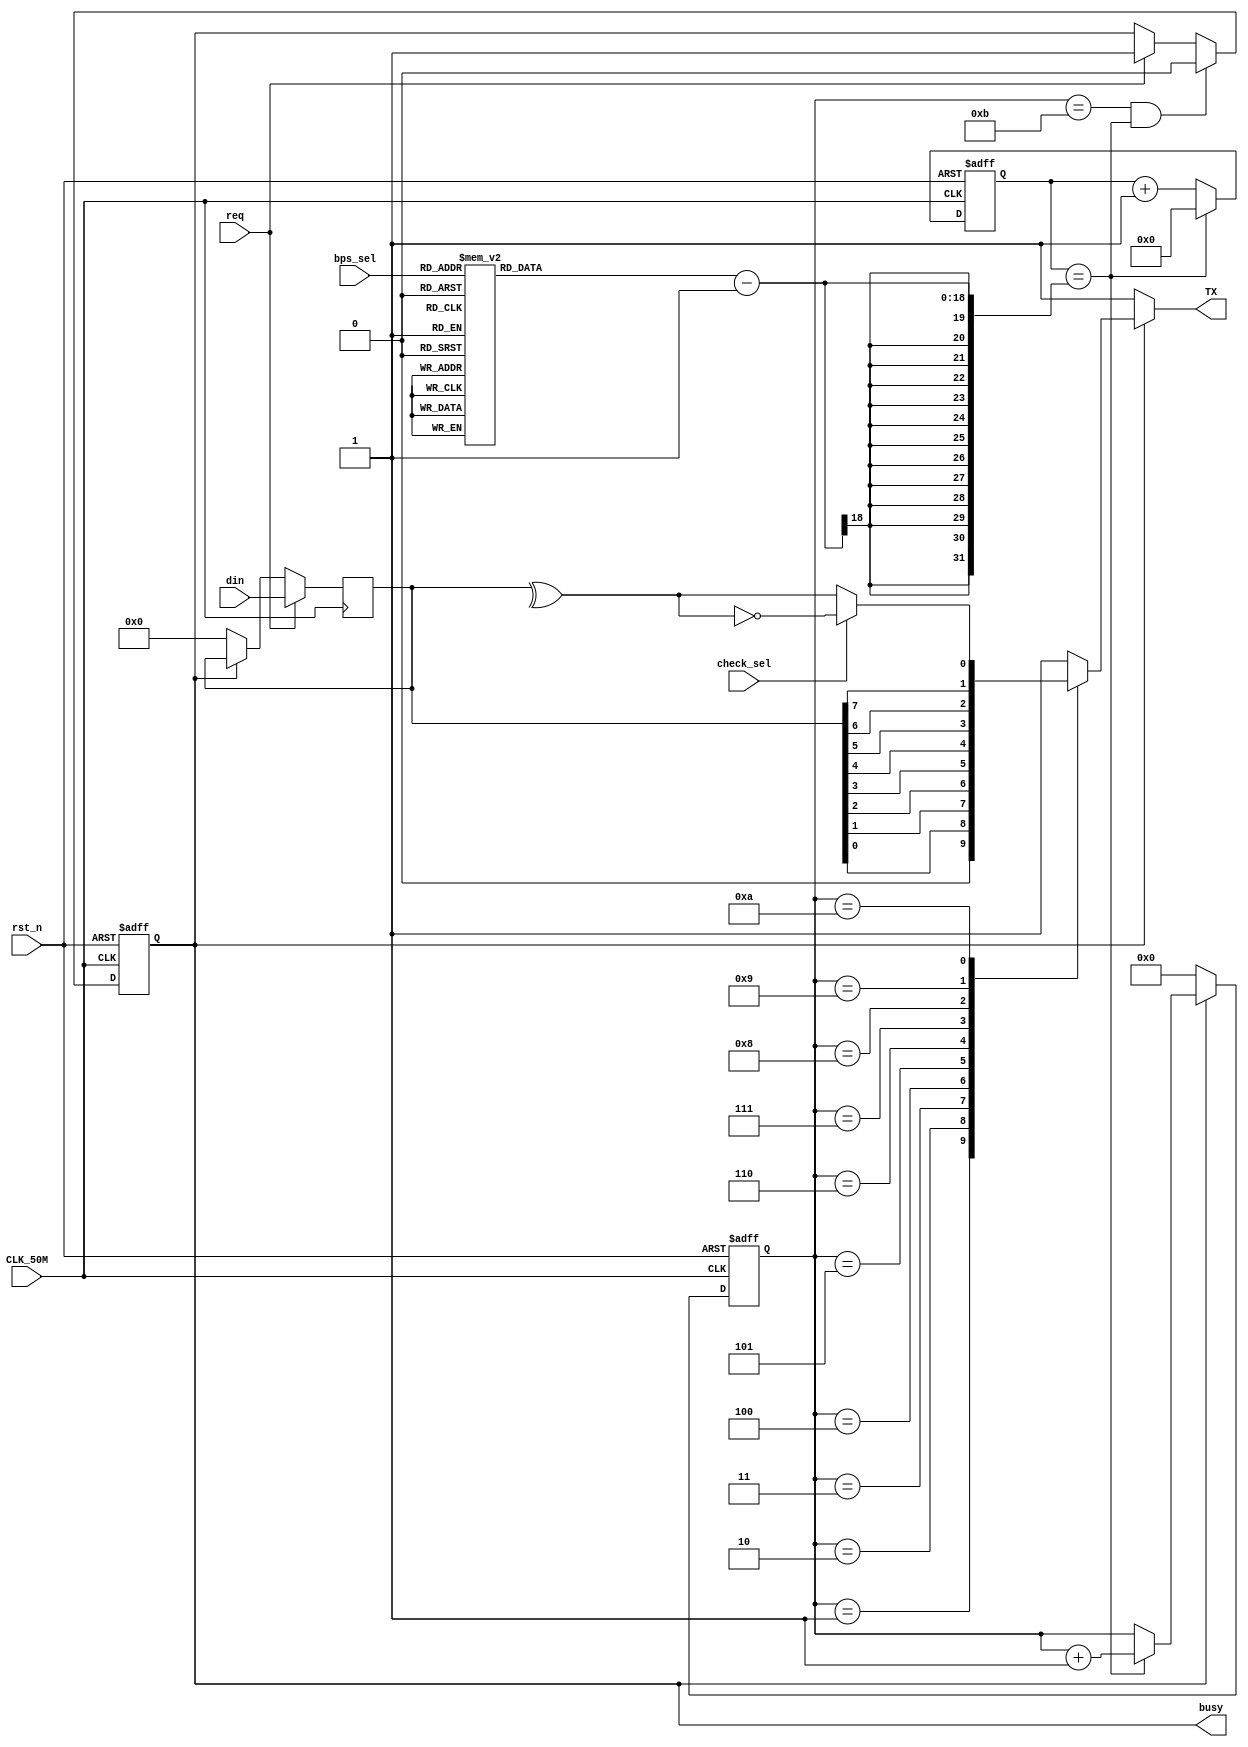
module new_uart_tx(
    input       CLK_50M         ,
    input       rst_n           ,
    input [2:0] bps_sel         ,
    input       check_sel       ,
    input [7:0] din             ,
    input       req             ,
    output      busy            ,
    output reg  TX
    );

    //波特率选择
    localparam  bps300   = 17'd16_6667;
    localparam  bps600   = 17'd8_3333;
    localparam  bps1200  = 17'd4_1667;
    localparam  bps2400  = 17'd2_0833;
    localparam  bps4800  = 17'd1_0417;
    localparam  bps9600  = 17'd5208;
    localparam  bps19200 = 17'd2604;
    localparam  bps38400 = 17'd1302;
    //波特率计数器
    reg [17:0]  bps_mode;
    reg [17:0]  bps_cnt; //最慢的bps300模式需要18位计数器
    //输入数据缓存
    reg [7:0]   din_reg;
    //线性序列机
    reg         n_cnt_flag;
    reg [3:0]   n_cnt;
    //奇偶校验位
    wire        e_check;
    wire        o_check;
    wire        check;
    //标志是否发送完成
    assign      busy = n_cnt_flag;

    //输入数据寄存
    always@(posedge CLK_50M)	
    if(req)
        din_reg <= din;
    else if(~n_cnt_flag)
        din_reg <= 'd0; 	

    //波特率选择
    always@(*)begin
    case(bps_sel)
        0: bps_mode = bps600;   
        1: bps_mode = bps1200;  
        2: bps_mode = bps2400; 
        3: bps_mode = bps4800;  
        4: bps_mode = bps9600;  
        5: bps_mode = bps19200; 
        6: bps_mode = bps38400;
        7: bps_mode = bps300; 
        default : bps_mode = bps600; 
    endcase
    end  

    //波特率计数器
    always@(posedge CLK_50M or negedge rst_n)
    if(~rst_n)
        bps_cnt <= 'd0;
    else if(bps_cnt == bps_mode-1) 
        bps_cnt <= 'd0;
    else 	
        bps_cnt <= bps_cnt + 1'b1;

    //线性序列机
    always@(posedge CLK_50M or negedge rst_n)
    if(~rst_n)
        n_cnt_flag <= 1'b0;
    else if(n_cnt == 'd11 && bps_cnt == bps_mode-1)
        n_cnt_flag <= 1'b0; 
    else if(req)
        n_cnt_flag <= 1'b1;

    always@(posedge CLK_50M or negedge rst_n)	
    if(~rst_n)
        n_cnt <= 'd0;
    else if(n_cnt_flag) begin
        if(bps_cnt == bps_mode-1)
        n_cnt <= n_cnt + 1'b1;
        else
        n_cnt <= n_cnt; end 
    else
        n_cnt <= 'd0;

    always@(*)begin
    if(n_cnt_flag)
    case(n_cnt)
        0: TX = 1'b1; //此时的波特率不是一个完整的周期，等待进入下一个周期
        1: TX = 1'b0; //start
        2: TX = din_reg[0];
        3: TX = din_reg[1];
        4: TX = din_reg[2];
        5: TX = din_reg[3];
        6: TX = din_reg[4];
        7: TX = din_reg[5];
        8: TX = din_reg[6]; 
        9: TX = din_reg[7];
        10: TX = check; //校验
        11: TX = 1'b1; //stop
        default TX = 1'b1;
    endcase
    else
        TX = 1'b1; 
    end	

    //奇偶校验
    assign e_check = ^din_reg; //偶校验
    assign o_check = ~e_check; //奇校验

    assign check =(check_sel)? o_check : e_check;//奇偶校验选择

endmodule